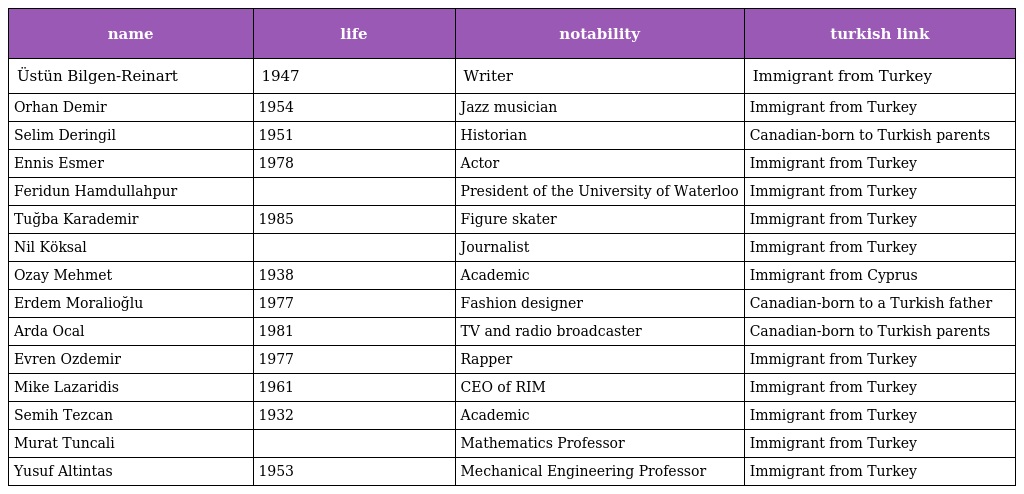
| name | life | notability | turkish link |
 | --- | --- | --- | --- |
 | Üstün Bilgen-Reinart | 1947 | Writer | Immigrant from Turkey |
 | Orhan Demir | 1954 | Jazz musician | Immigrant from Turkey |
 | Selim Deringil | 1951 | Historian | Canadian-born to Turkish parents |
 | Ennis Esmer | 1978 | Actor | Immigrant from Turkey |
 | Feridun Hamdullahpur |  | President of the University of Waterloo | Immigrant from Turkey |
 | Tuğba Karademir | 1985 | Figure skater | Immigrant from Turkey |
 | Nil Köksal |  | Journalist | Immigrant from Turkey |
 | Ozay Mehmet | 1938 | Academic | Immigrant from Cyprus |
 | Erdem Moralioğlu | 1977 | Fashion designer | Canadian-born to a Turkish father |
 | Arda Ocal | 1981 | TV and radio broadcaster | Canadian-born to Turkish parents |
 | Evren Ozdemir | 1977 | Rapper | Immigrant from Turkey |
 | Mike Lazaridis | 1961 | CEO of RIM | Immigrant from Turkey |
 | Semih Tezcan | 1932 | Academic | Immigrant from Turkey |
 | Murat Tuncali |  | Mathematics Professor | Immigrant from Turkey |
 | Yusuf Altintas | 1953 | Mechanical Engineering Professor | Immigrant from Turkey |